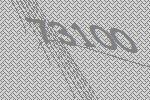
73100